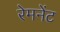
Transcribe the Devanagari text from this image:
रेमनेंट